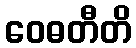
ဝေဓတီတိ